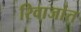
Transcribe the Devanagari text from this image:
रिवाजांत